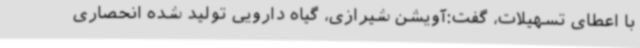
با اعطای تسهیلات، گفت:آویشن شیرازی، گیاه دارویی تولید شده انحصاری